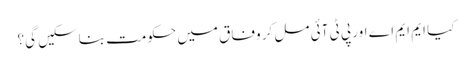
کیا ایم ایم اے اور پی ٹی آئی مل کر وفاق میں حکومت بناسکیں گی؟